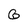
Character: 6